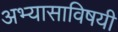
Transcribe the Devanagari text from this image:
अभ्यासाविषयी